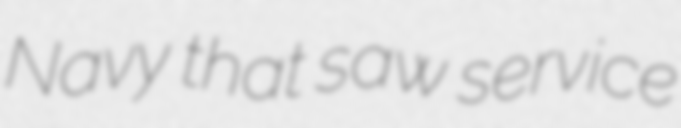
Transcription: Navy that saw service